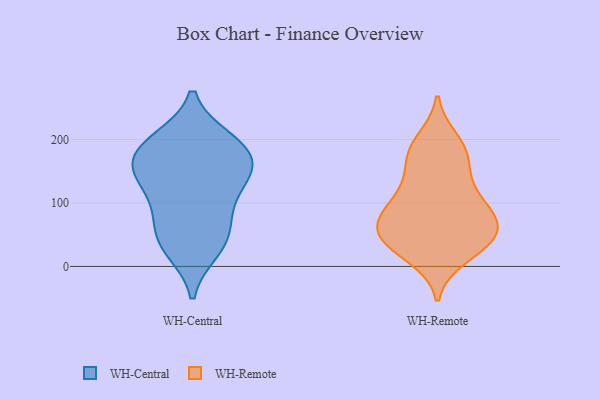
{"axis": {"x": "Market Share (%)", "y": "Value"}, "legend": ["WH-Central", "WH-Remote"], "data": [{"x": "", "y": 150, "type": "WH-Central"}, {"x": "", "y": 192, "type": "WH-Central"}, {"x": "", "y": 187, "type": "WH-Central"}, {"x": "", "y": 137, "type": "WH-Central"}, {"x": "", "y": 144, "type": "WH-Central"}, {"x": "", "y": 198, "type": "WH-Central"}, {"x": "", "y": 181, "type": "WH-Central"}, {"x": "", "y": 92, "type": "WH-Central"}, {"x": "", "y": 40, "type": "WH-Central"}, {"x": "", "y": 83, "type": "WH-Central"}, {"x": "", "y": 148, "type": "WH-Central"}, {"x": "", "y": 27, "type": "WH-Central"}, {"x": "", "y": 44, "type": "WH-Central"}, {"x": "", "y": 49, "type": "WH-Remote"}, {"x": "", "y": 199, "type": "WH-Remote"}, {"x": "", "y": 190, "type": "WH-Remote"}, {"x": "", "y": 85, "type": "WH-Remote"}, {"x": "", "y": 44, "type": "WH-Remote"}, {"x": "", "y": 168, "type": "WH-Remote"}, {"x": "", "y": 68, "type": "WH-Remote"}, {"x": "", "y": 121, "type": "WH-Remote"}, {"x": "", "y": 177, "type": "WH-Remote"}, {"x": "", "y": 114, "type": "WH-Remote"}, {"x": "", "y": 34, "type": "WH-Remote"}, {"x": "", "y": 52, "type": "WH-Remote"}, {"x": "", "y": 94, "type": "WH-Remote"}, {"x": "", "y": 85, "type": "WH-Remote"}, {"x": "", "y": 51, "type": "WH-Remote"}, {"x": "", "y": 149, "type": "WH-Remote"}, {"x": "", "y": 72, "type": "WH-Remote"}, {"x": "", "y": 15, "type": "WH-Remote"}, {"x": "", "y": 23, "type": "WH-Remote"}]}